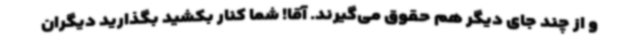
و از چند جای دیگر هم حقوق می‌گیرند. آقا! شما کنار بکشید بگذارید دیگران